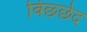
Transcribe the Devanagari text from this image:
विछ्छेद